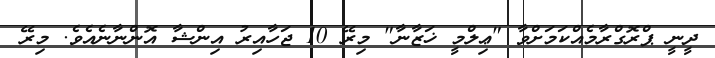
ދީނީ ޕްރޮގްރާމެއްކަމަށްވާ "ޢިލްމީ ޚަޒާނާ" މިރޭ 10 ޖަހާއިރު އިންޝާ އޮންނާނެއެވެ. މިރޭ